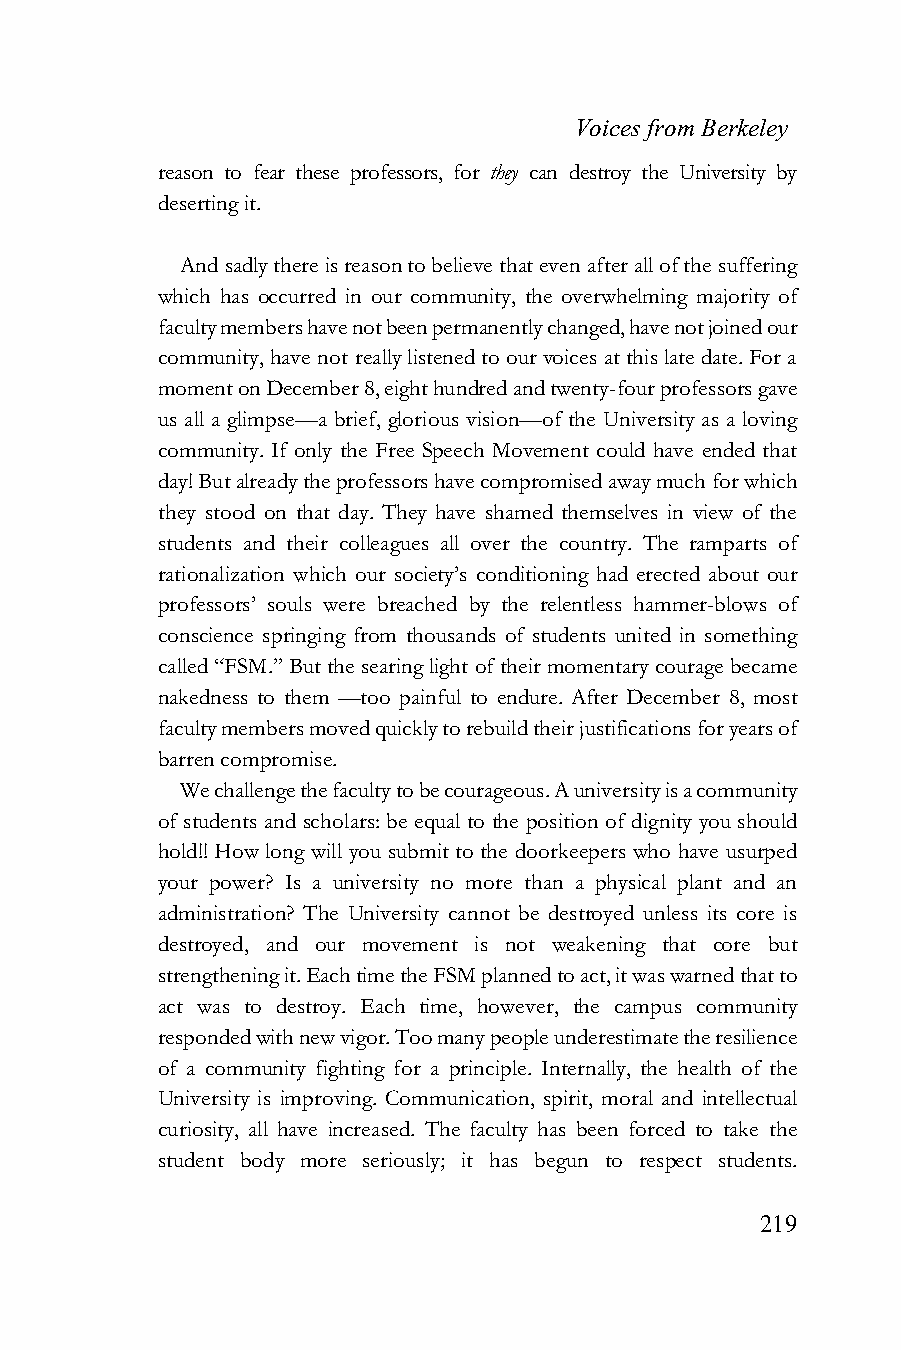
Voices from Berkeley
 reason to fear these professors, for they can destroy the University by
 deserting it.
 And sadly there is reason to believe that even after all of the suffering
 which has occurred in our community, the overwhelming majority of
 faculty members have not been permanently changed, have not joined our
 community, have not really listened to our voices at this late date. For a
 moment on December 8, eight hundred and twenty-four professors gave
 us all a glimpse—a brief, glorious vision—of the University as a loving
 community. If only the Free Speech Movement could have ended that
 day! But already the professors have compromised away much for which
 they stood on that day. They have shamed themselves in view of the
 students and their colleagues all over the country. The ramparts of
 rationalization which our society’s conditioning had erected about our
 professors’ souls were breached by the relentless hammer-blows of
 conscience springing from thousands of students united in something
 called “FSM.” But the searing light of their momentary courage became
 nakedness to them —too painful to endure. After December 8, most
 faculty members moved quickly to rebuild their justifications for years of
 barren compromise.
 We challenge the faculty to be courageous. A university is a community
 of students and scholars: be equal to the position of dignity you should
 hold!! How long will you submit to the doorkeepers who have usurped
 your power? Is a university no more than a physical plant and an
 administration? The University cannot be destroyed unless its core is
 destroyed, and our movement is not weakening that core but
 strengthening it. Each time the FSM planned to act, it was warned that to
 act was to destroy. Each time, however, the campus community
 responded with new vigor. Too many people underestimate the resilience
 of a community fighting for a principle. Internally, the health of the
 University is improving. Communication, spirit, moral and intellectual
 curiosity, all have increased. The faculty has been forced to take the
 student body more seriously; it has begun to respect students.
 219